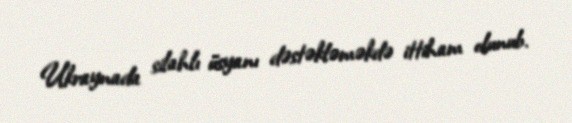
Ukraynada silahlı üsyanı dəstəkləməkdə ittiham olunub.